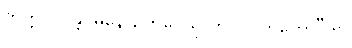
ဘတ္တဝါ ဝန္တဂမနော, ဘဝေသု ဘဂဝါ တတော”တိ။